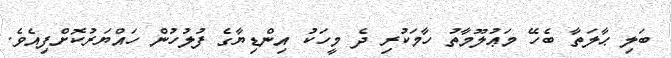
ބަލި ޙާލަތާ ބެހޭ މަޢުލޫމާތު ހާމަކުރި ދެ މީހަކު އިންޑިޔާގެ ފުލުހުން ހައްޔަރުކޮށްފިއެވެ.